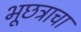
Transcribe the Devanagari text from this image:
भूछत्राचा